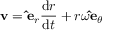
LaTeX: \mathbf { v } = \mathbf { \hat { e } } _ { r } { \frac { \mathrm { d } r } { \mathrm { d } t } } + r \omega \mathbf { \hat { e } } _ { \theta }